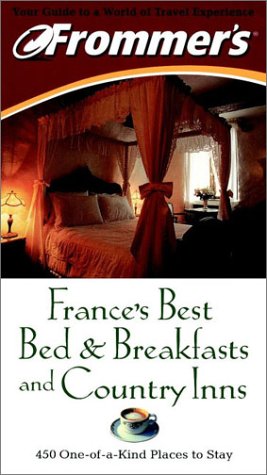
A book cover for Frommer's France's Best Bed & Breakfasts and Country Inns (Frommer's France's Best Bed & Breakfasts & Country Inns); Inc. The Automobile Association; Travel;